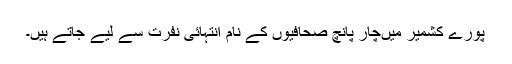
پورے کشمیر میںچار پانچ صحافیوں کے نام انتہائی نفرت سے لیے جاتے ہیں۔